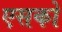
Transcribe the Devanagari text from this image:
एसको